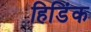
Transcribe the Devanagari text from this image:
हिडिंक